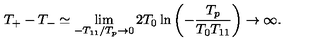
T _ { + } - T _ { - } \simeq \lim _ { - T _ { 1 1 } / T _ { p } \rightarrow 0 } 2 T _ { 0 } \ln \left( - \frac { T _ { p } } { T _ { 0 } T _ { 1 1 } } \right) \rightarrow \infty .